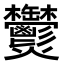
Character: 𤓮